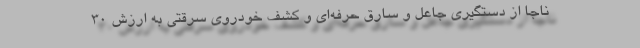
ناجا از دستگیری جاعل و سارق حرفه‌ای و کشف خودروی سرقتی به ارزش 30